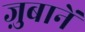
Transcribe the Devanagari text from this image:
ज़ुबानें